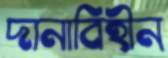
দানাবিহীন